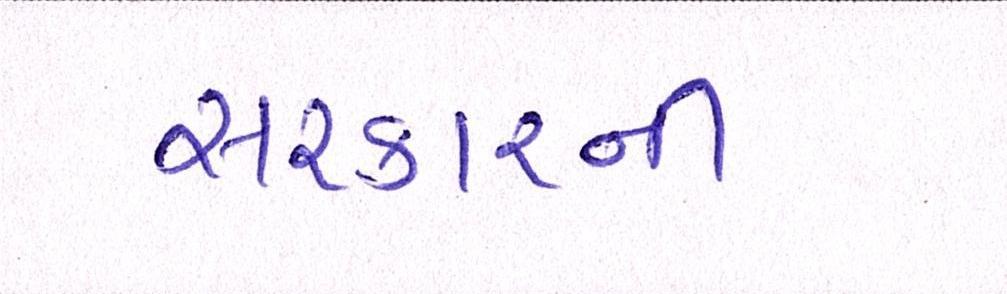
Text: સરકારની